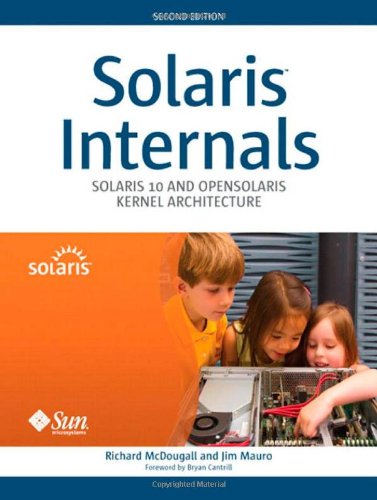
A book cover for Solaris Internals: Solaris 10 and OpenSolaris Kernel Architecture (2nd Edition); Richard McDougall; Computers & Technology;